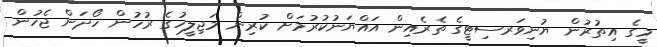
މީގެ އިތުރުން ޔުނިވަރސިޓީގެ ތެރެއިން އައްޔަނުކުރުމަށް ކުރިން މަޖިލީހުގެ ރުހުން ހޯދަން ޖެހުން